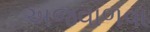
અજવાળવા